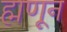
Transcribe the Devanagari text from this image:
ह्मणून